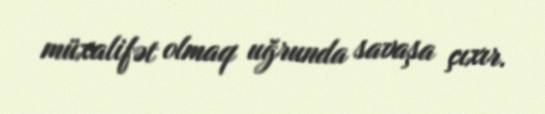
müxalifət olmaq uğrunda savaşa çıxır.